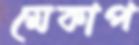
মেকাপ